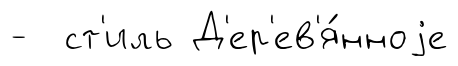
- ст'иль Д'ер'ев'я́нноjе